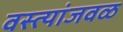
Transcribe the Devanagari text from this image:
वस्त्यांजवळ